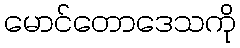
မောင်တောဒေသကို